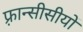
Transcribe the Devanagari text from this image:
फ़्रान्सीसीयों